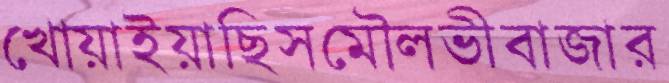
খোয়াইয়াছিসমৌলভীবাজার